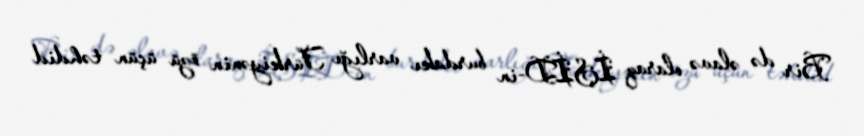
Bir də əlavə olaraq İŞİD-in burdakı varlığı Türkiyənin özü üçün təhdid